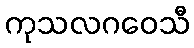
ကုသလဂဝေသီ